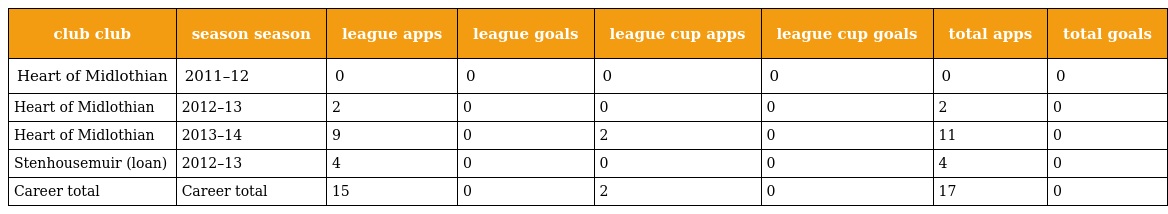
| club club | season season | league apps | league goals | league cup apps | league cup goals | total apps | total goals |
 | --- | --- | --- | --- | --- | --- | --- | --- |
 | Heart of Midlothian | 2011–12 | 0 | 0 | 0 | 0 | 0 | 0 |
 | Heart of Midlothian | 2012–13 | 2 | 0 | 0 | 0 | 2 | 0 |
 | Heart of Midlothian | 2013–14 | 9 | 0 | 2 | 0 | 11 | 0 |
 | Stenhousemuir (loan) | 2012–13 | 4 | 0 | 0 | 0 | 4 | 0 |
 | Career total | Career total | 15 | 0 | 2 | 0 | 17 | 0 |